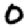
Digit: 0